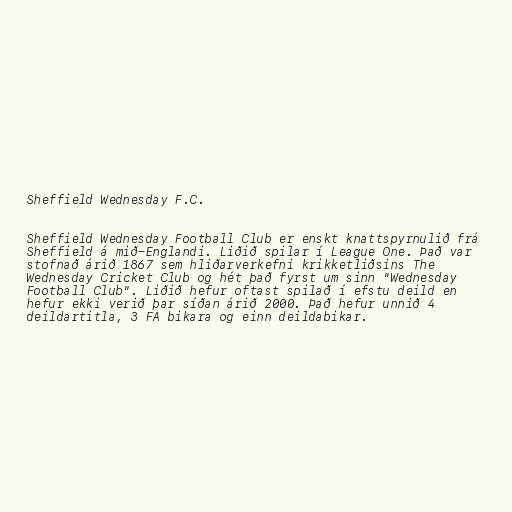
Sheffield Wednesday F.C.

Sheffield Wednesday Football Club er enskt knattspyrnulið frá
Sheffield á mið-Englandi. Liðið spilar í League One. Það var
stofnað árið 1867 sem hliðarverkefni krikketliðsins The
Wednesday Cricket Club og hét það fyrst um sinn "Wednesday
Football Club". Liðið hefur oftast spilað í efstu deild en
hefur ekki verið þar síðan árið 2000. Það hefur unnið 4
deildartitla, 3 FA bikara og einn deildabikar.